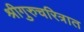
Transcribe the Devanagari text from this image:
श्रीगुरुचरित्रात